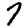
Digit: 7